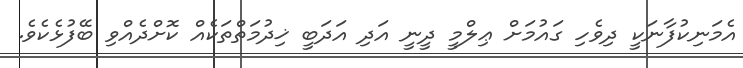
އެމަނިކުފާނަކީ ދިވެހި ގައުމަށް ޢިލްމީ ދީނީ އަދި އަދަބީ ޚިދުމަތްތަކެއް ކޮށްދެއްވި ބޭފުޅެކެވެ.